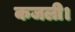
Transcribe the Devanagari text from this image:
कजली।